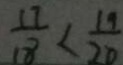
\frac { 1 7 } { 1 8 } < \frac { 1 9 } { 2 0 }